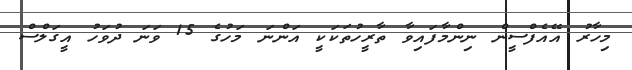
މިހާރު އޭއެފްސީން ނިންމާފައިވާ ތާރީހުތަކަކީ އަންނަ މަހުގެ 15 ވަނަ ދުވަހު އީގަލްސް